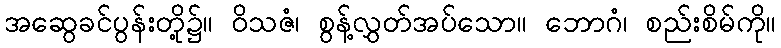
အဆွေခင်ပွန်းတို့၌။ ဝိသဇံ၊ စွန့်လွှတ်အပ်သော။ ဘောဂံ၊ စည်းစိမ်ကို။